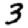
Digit: 3